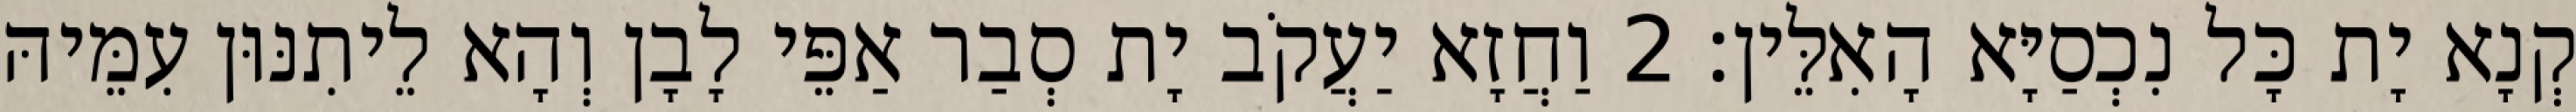
קְנָא יָת כָּל נִכְסַיָּא הָאִלֵּין׃ 2 וַחֲזָא יַעֲקֹב יָת סְבַר אַפֵּי לָבָן וְהָא לֵיתִנּוּן עִמֵּיהּ